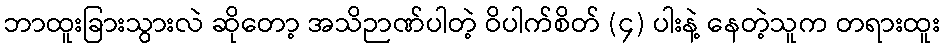
ဘာထူးခြားသွားလဲ ဆိုတော့ အသိဉာဏ်ပါတဲ့ ဝိပါက်စိတ် (၄) ပါးနဲ့ နေတဲ့သူက တရားထူး